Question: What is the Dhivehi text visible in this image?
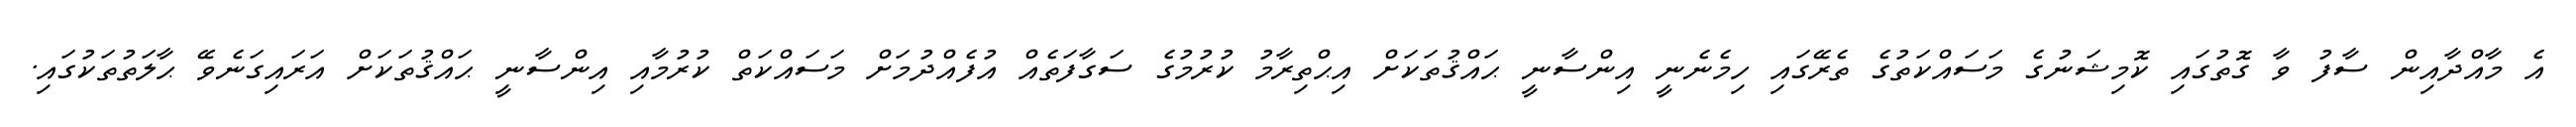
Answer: އެ މާއްދާއިން ސާފު ވާ ގޮތުގައި ކޮމިޝަނުގެ މަސައްކަތުގެ ތެރޭގައި ހިމެނެނީ އިންސާނީ ޙައްޤުތަކަށް އިޙްތިރާމު ކުރުމުގެ ސަގާފަތެއް އުފެއްދުމަށް މަސައްކަތް ކުރުމާއި އިންސާނީ ޙައްޤުތަކަށް އަރައިގަނެވޭ ޙާލަތުތަކުގައި.